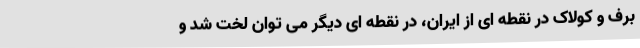
برف و کولاک در نقطه ای از ایران، در نقطه ای دیگر می توان لخت شد و